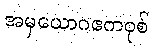
အမှယောဂဧကဝုစ်